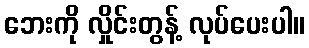
ဘေးကို လှိုင်းတွန့် လုပ်ပေးပါ။